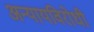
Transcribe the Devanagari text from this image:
अन्यायविरोधी